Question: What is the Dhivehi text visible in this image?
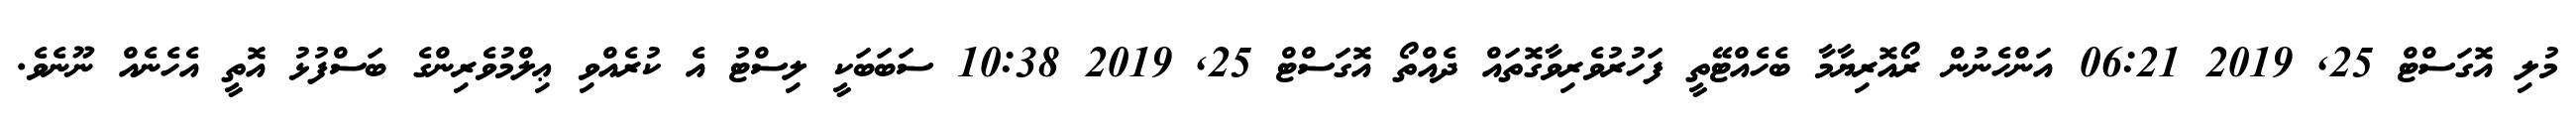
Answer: މުލި އޮގަސްޓް 25, 2019 06:21 އަންހެނުން ރޯއޮރިޔާމާ ބެހެއްޓޭތީ ފަހުރުވެރިވާގޮތައް ދެއްތޯ އޮގަސްޓް 25, 2019 10:38 ސަބަބަކީ ލިސްޓު އެ ކުރެއްވި ޢިލްމުވެރިންގެ ބަސްފުޅު އޮތީ އެހެނެއް ނޫނެވެ.